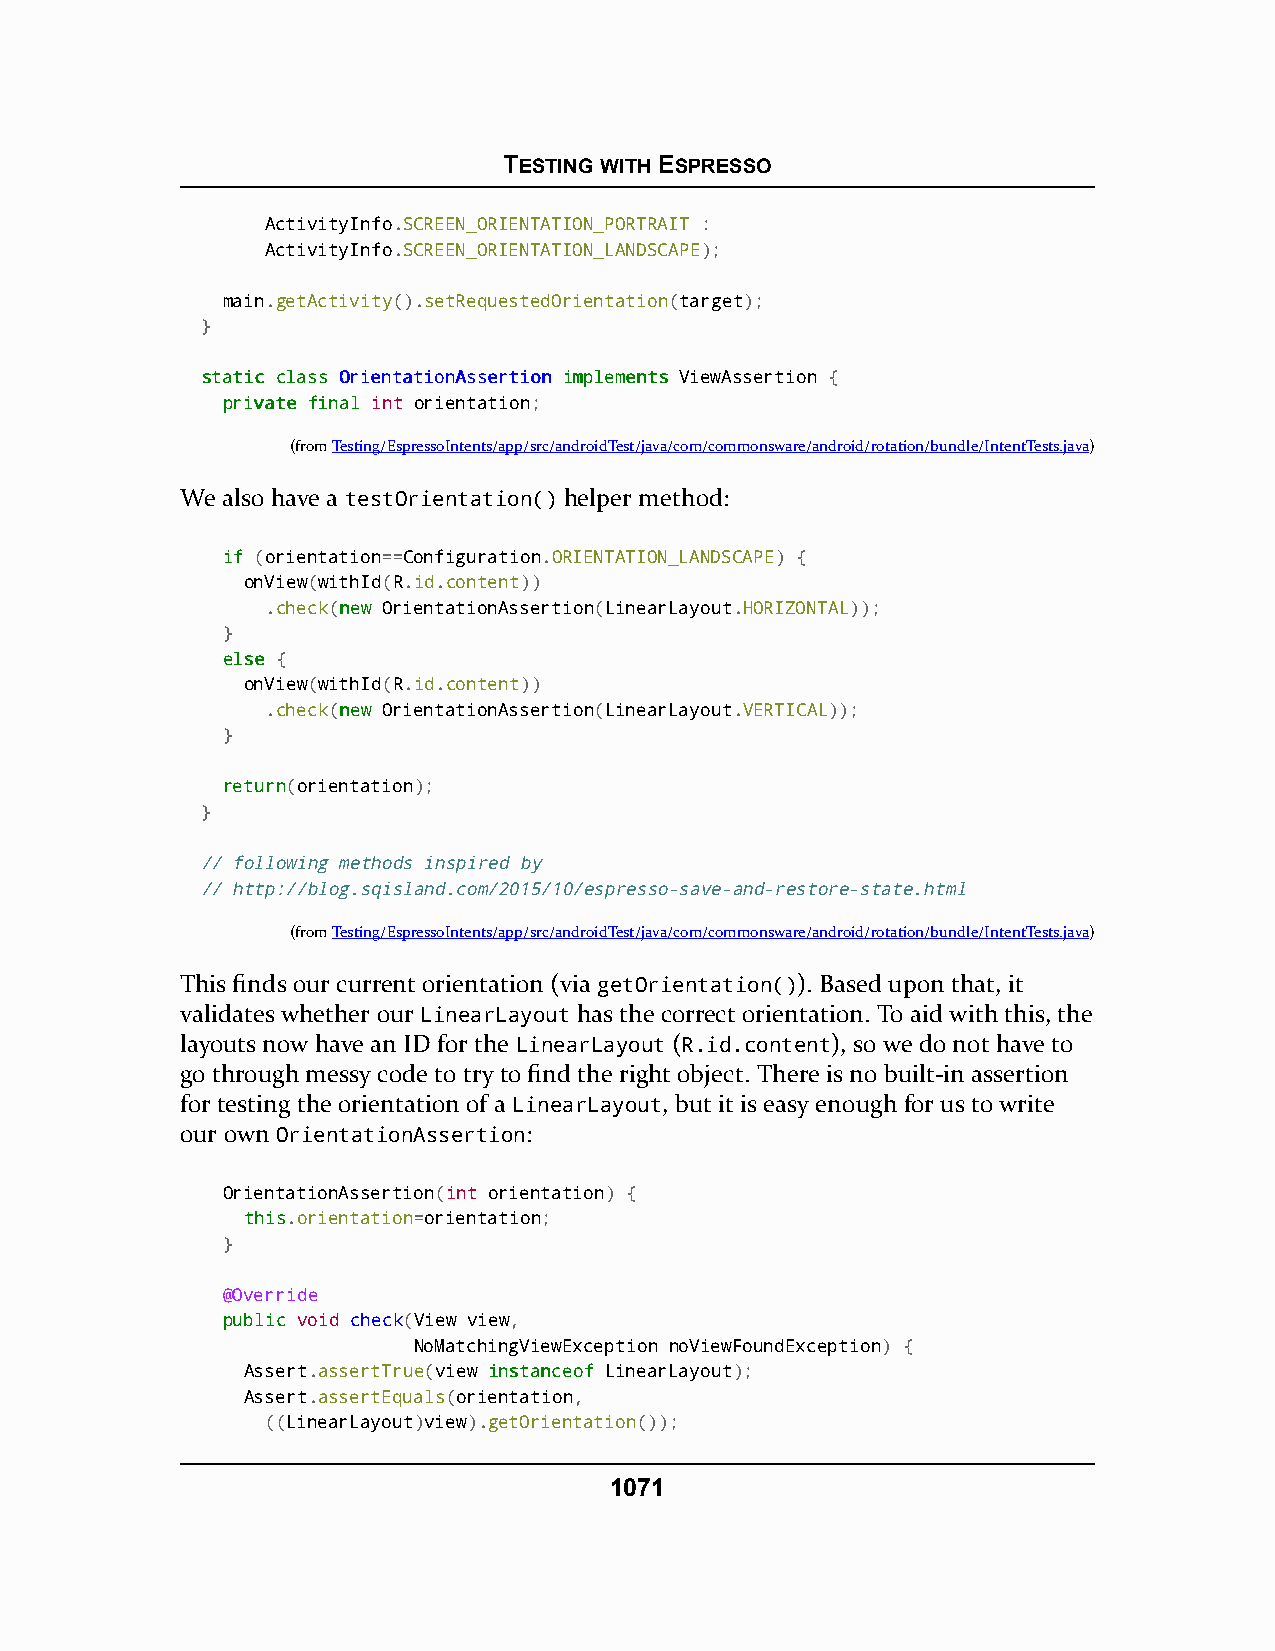
TESTING WITH ESPRESSO
 ActivityInfo.SCREEN_ORIENTATION_PORTRAIT :
 ActivityInfo.SCREEN_ORIENTATION_LANDSCAPE);
 main.getActivity().setRequestedOrientation(target);
 }
 ssttaattiicc ccllaassss OOrriieennttaattiioonnAAsssseerrttiioonn iimmpplleemmeennttss ViewAssertion {
 pprriivvaattee ffiinnaall int orientation;
 (fromTesting/EspressoIntents/app/src/androidTest/java/com/commonsware/android/rotation/bundle/IntentTests.java)
 We also have a testOrientation() helper method:
 iiff (orientation==Configuration.ORIENTATION_LANDSCAPE) {
 onView(withId(R.id.content))
 .check(nneeww OrientationAssertion(LinearLayout.HORIZONTAL));
 }
 eellssee {
 onView(withId(R.id.content))
 .check(nneeww OrientationAssertion(LinearLayout.VERTICAL));
 }
 rreettuurrnn(orientation);
 }
 // following methods inspired by
 // http://blog.sqisland.com/2015/10/espresso-save-and-restore-state.html
 (fromTesting/EspressoIntents/app/src/androidTest/java/com/commonsware/android/rotation/bundle/IntentTests.java)
 This finds our current orientation (via getOrientation()). Based upon that, it
 validates whether our LinearLayout has the correct orientation. To aid with this, the
 layouts now have an ID for the LinearLayout (R.id.content), so we do not have to
 go through messy code to try to find the right object. There is no built-in assertion
 for testing the orientation of a LinearLayout, but it is easy enough for us to write
 our own OrientationAssertion:
 OrientationAssertion(int orientation) {
 tthhiiss.orientation=orientation;
 }
 @Override
 ppuubblliicc void check(View view,
 NoMatchingViewException noViewFoundException) {
 Assert.assertTrue(view iinnssttaanncceeooff LinearLayout);
 Assert.assertEquals(orientation,
 ((LinearLayout)view).getOrientation());
 1071